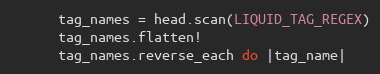
Language: Ruby
      tag_names = head.scan(LIQUID_TAG_REGEX)
      tag_names.flatten!
      tag_names.reverse_each do |tag_name|